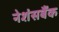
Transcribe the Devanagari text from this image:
नेशंसबैंक